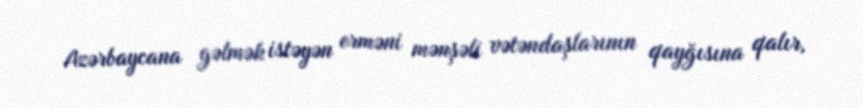
Azərbaycana gəlmək istəyən erməni mənşəli vətəndaşlarının qayğısına qalır,